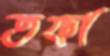
তফা